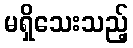
မရှိသေးသည့်